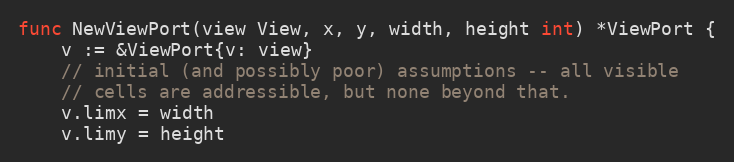
Language: Go
func NewViewPort(view View, x, y, width, height int) *ViewPort {
	v := &ViewPort{v: view}
	// initial (and possibly poor) assumptions -- all visible
	// cells are addressible, but none beyond that.
	v.limx = width
	v.limy = height